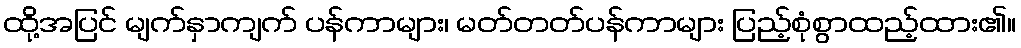
ထို့အပြင် မျက်နှာကျက် ပန်ကာများ၊ မတ်တတ်ပန်ကာများ ပြည့်စုံစွာထည့်ထား၏။